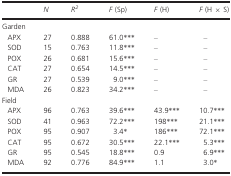
|  | N | R2 | F (Sp) | F (H) | F (H × S) |
 | --- | --- | --- | --- | --- | --- |
 | <COLSPAN=6> Garden |
 | APX | 27 | 0.888 | 61.0*** | – | – |
 | SOD | 15 | 0.763 | 11.8*** | – | – |
 | POX | 26 | 0.681 | 15.6*** | – | – |
 | CAT | 27 | 0.654 | 14.5*** | – | – |
 | GR | 27 | 0.539 | 9.0*** | – | – |
 | MDA | 26 | 0.823 | 34.2*** | – | – |
 | <COLSPAN=6> Field |
 | APX | 96 | 0.763 | 39.6*** | 43.9*** | 10.7*** |
 | SOD | 41 | 0.963 | 72.2*** | 198*** | 21.1*** |
 | POX | 95 | 0.907 | 3.4* | 186*** | 72.1*** |
 | CAT | 95 | 0.672 | 30.5*** | 22.1*** | 5.3*** |
 | GR | 95 | 0.545 | 18.8*** | 0.9 | 6.9*** |
 | MDA | 92 | 0.776 | 84.9*** | 1.1 | 3.0* |